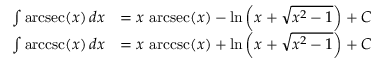
{ \begin{array} { r l } { \int \operatorname { a r c s e c } ( x ) \, d x } & { = x \, \operatorname { a r c s e c } ( x ) - \ln \left( x + { \sqrt { x ^ { 2 } - 1 } } \right) + C } \\ { \int \operatorname { a r c c s c } ( x ) \, d x } & { = x \, \operatorname { a r c c s c } ( x ) + \ln \left( x + { \sqrt { x ^ { 2 } - 1 } } \right) + C } \end{array} }